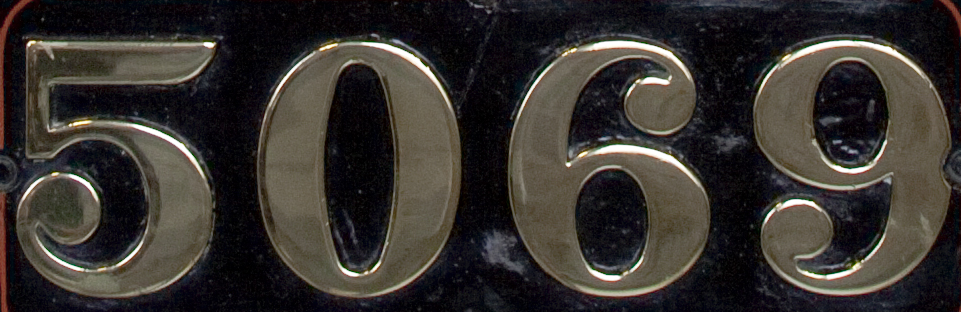
5069